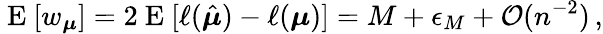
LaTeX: \mathrm{~E~}[w_{\boldsymbol{\mu}}]=2\mathrm{~E~}[\ell(\hat{\boldsymbol{\mu}})-\ell(\boldsymbol{\mu})]=M+\epsilon_{M}+\mathcal{O}(n^{-2})\, ,